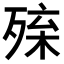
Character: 𣨚